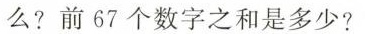
么?前67个数字之和是多少?